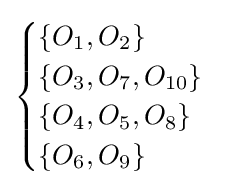
{\begin{cases}\{O_{1},O_{2}\}\\\{O_{3},O_{7},O_{10}\}\\\{O_{4},O_{5},O_{8}\}\\\{O_{6},O_{9}\}\end{cases}}